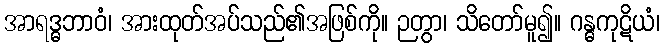
အာရဒ္ဓဘာဝံ၊ အားထုတ်အပ်သည်၏အဖြစ်ကို။ ဉတွာ၊ သိတော်မူ၍။ ဂန္ဓကုဋိယံ၊